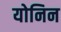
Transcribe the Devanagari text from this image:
योनिन